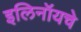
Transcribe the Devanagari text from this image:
इलिनॉयचे